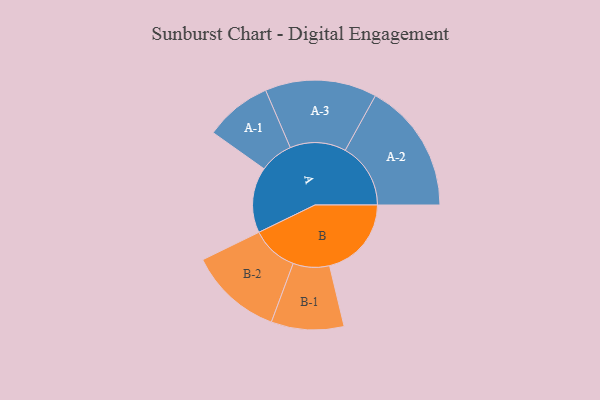
{"axis": {"x": "Segment", "y": "Value"}, "legend": ["", "A", "B"], "data": [{"x": "A", "y": 235, "type": ""}, {"x": "B", "y": 293, "type": ""}, {"x": "A-1", "y": 120, "type": "A"}, {"x": "A-2", "y": 234, "type": "A"}, {"x": "A-3", "y": 200, "type": "A"}, {"x": "B-1", "y": 130, "type": "B"}, {"x": "B-2", "y": 167, "type": "B"}]}